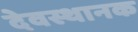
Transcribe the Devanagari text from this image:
देवस्थानक